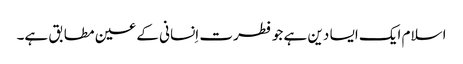
اسلام ایک ایسا دین ہے جو فطرت اِنسانی کے عین مطابق ہے۔